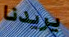
يريدنا